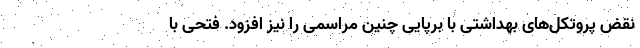
نقض پروتکل‌های بهداشتی با برپایی چنین مراسمی را نیز افزود. فتحی با